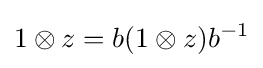
1\otimes z=b(1\otimes z)b^{-1}